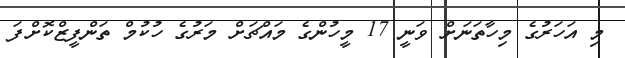
މި އަހަރުގެ މިހާތަނަށް ވަނީ 17 މީހުންގެ މައްޗަށް މަރުގެ ހުކުމް ތަންފީޒްކޮށްފަ